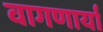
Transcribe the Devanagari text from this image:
वागणार्या